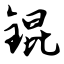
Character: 锟